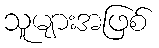
သူများအဖြစ်